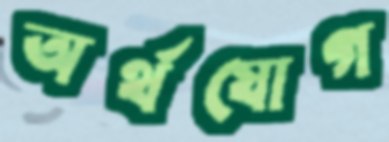
অর্থযোগ